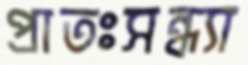
প্রাতঃসন্ধ্যা